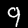
Label: 9